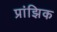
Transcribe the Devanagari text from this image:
प्रांझिक